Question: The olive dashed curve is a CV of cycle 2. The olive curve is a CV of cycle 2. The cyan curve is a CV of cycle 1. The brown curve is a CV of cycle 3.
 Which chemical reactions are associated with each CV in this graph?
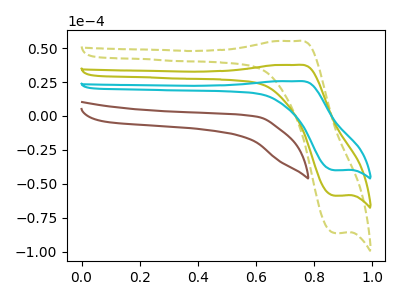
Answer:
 <answer>The olive dashed curve is labeled "cycle 2". The olive curve is labeled "cycle 2". The cyan curve is labeled "cycle 1". The brown curve is labeled "cycle 3".</answer>
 <eval></eval>